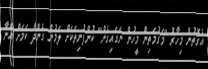
އެގޮތުން މިހާރު "މަގުމަތިން މީހުން ނަގައިގެން" ކުންފުނިތަކަށް ލަމުން ގެންދާ ކަމަށް އޭނާ